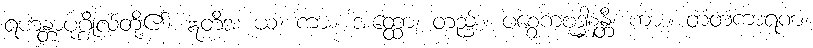
ရဟန္တာပုဂ္ဂိုလ်တို့၏။ ဣတိအ ယံ၊ ကား။ အတ္ထော၊ တည်း။ ပစ္စေကဗုဒ္ဓါနန္တိ၊ ကား။ တံတံကာရဏံ၊